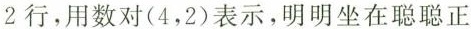
2行，用数对(4，2)表示，明明坐在聪聪正